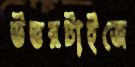
উত্তরটাইজে